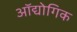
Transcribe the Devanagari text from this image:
ऑद्योगिक